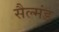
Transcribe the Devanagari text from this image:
सैल्मंड